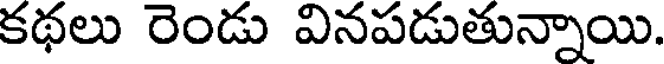
కథలు రెండు వినపడుతున్నాయి.